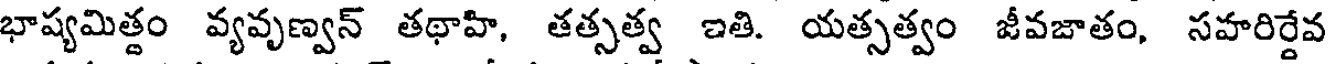
భాష్యమిత్తం వ్యవృణ్వన్ తథాహి, తత్సత్వ ఇతి. యత్సత్వం జీవజాతం, సహరిర్దేవ